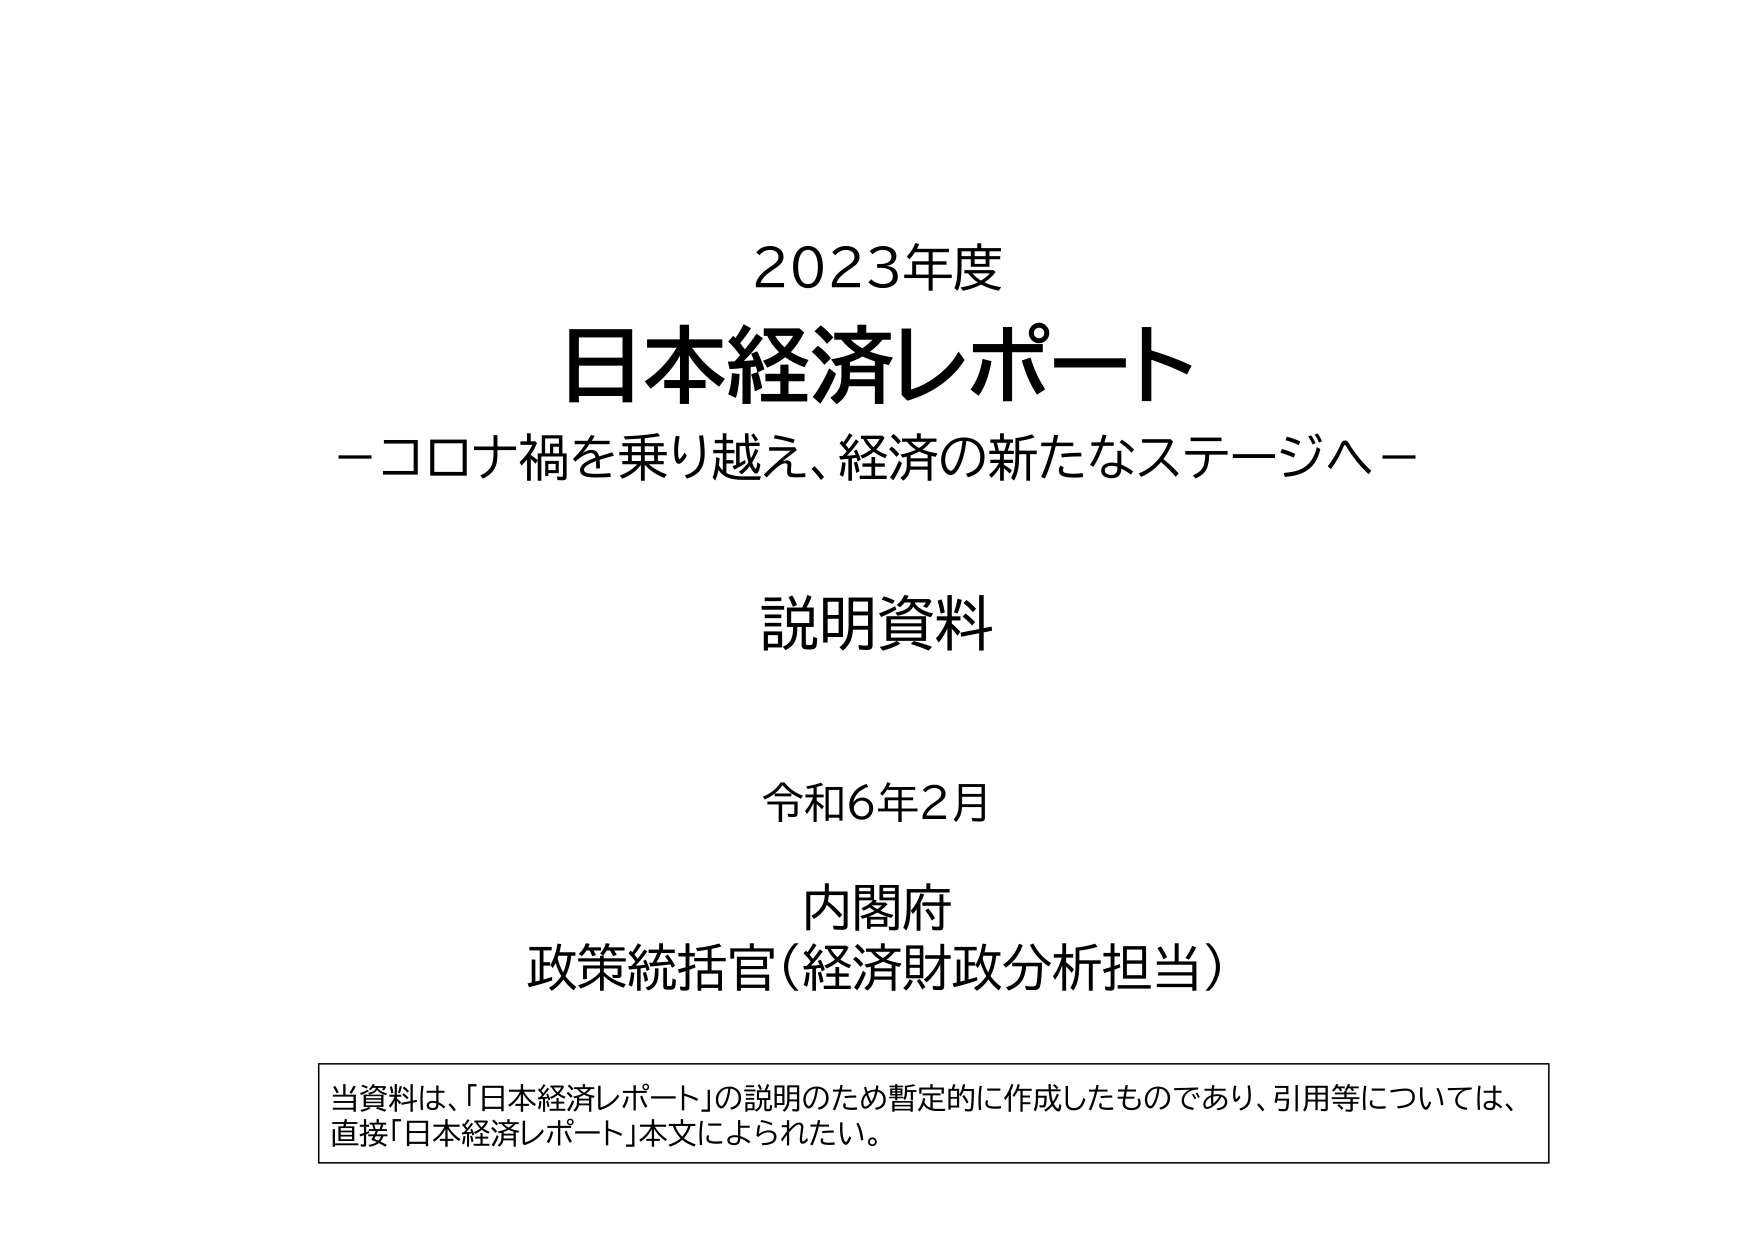
2023年度
日本経済レポート
－コロナ禍を乗り越え、経済の新たなステージへ－

説明資料

令和6年2月

内閣府
政策統括官（経済財政分析担当）

当資料は、「日本経済レポート」の説明のため暫定的に作成したものであり、引用等については、
直接「日本経済レポート」本文によられたい。